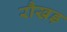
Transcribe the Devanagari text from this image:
रौखड़